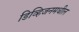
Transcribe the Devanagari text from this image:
डिव्हिजनमधील